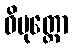
ဓိမုတ္တော